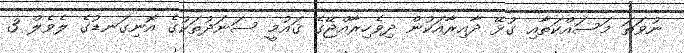
ނުވަތަ މަސައްކަތާއި ގުޅޭ ދާއިރާއަކުން ދިވެހިރާއްޖޭގެ ޤައުމީ ސަނަދުތަކުގެ އޮނިގަނޑުގެ ލެވެލް 3